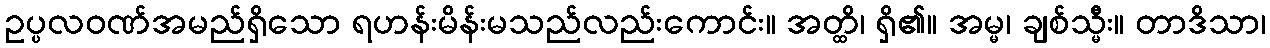
ဥပ္ပလဝဏ်အမည်ရှိသော ရဟန်းမိန်းမသည်လည်းကောင်း။ အတ္ထိ၊ ရှိ၏။ အမ္မ၊ ချစ်သ္မီး။ တာဒိသာ၊